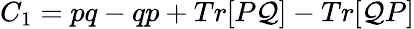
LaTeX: C_{1}=pq-qp+Tr[P\mathcal{Q}]-Tr[\mathcal{Q}P]